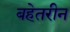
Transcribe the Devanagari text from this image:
बहेतरीन